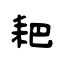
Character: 耙